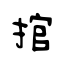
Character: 捾